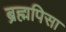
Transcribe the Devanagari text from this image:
ब्रह्मपिसा